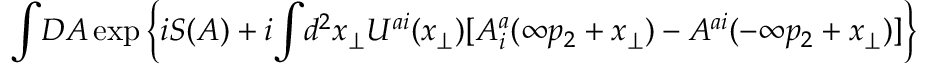
\! \int \! { \cal D } { \cal A } \exp \Big \{ i S ( { \cal A } ) + i \! \int \! d ^ { 2 } x _ { \perp } U ^ { a i } ( x _ { \perp } ) [ { \cal A } _ { i } ^ { a } ( \infty p _ { 2 } + x _ { \perp } ) - { \cal A } ^ { a i } ( - \infty p _ { 2 } + x _ { \perp } ) ] \Big \}